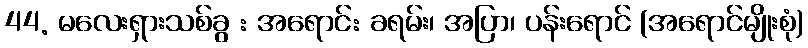
44. မလေးရှားသစ်ခွ : အရောင်: ခရမ်း၊ အပြာ၊ ပန်းရောင် (အရောင်မျိုးစုံ)